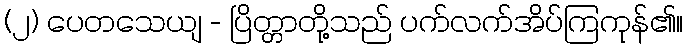
(၂) ပေတသေယျ - ပြိတ္တာတို့သည် ပက်လက်အိပ်ကြကုန်၏။